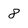
Character: 8